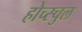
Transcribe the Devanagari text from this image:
होच्स्चुल